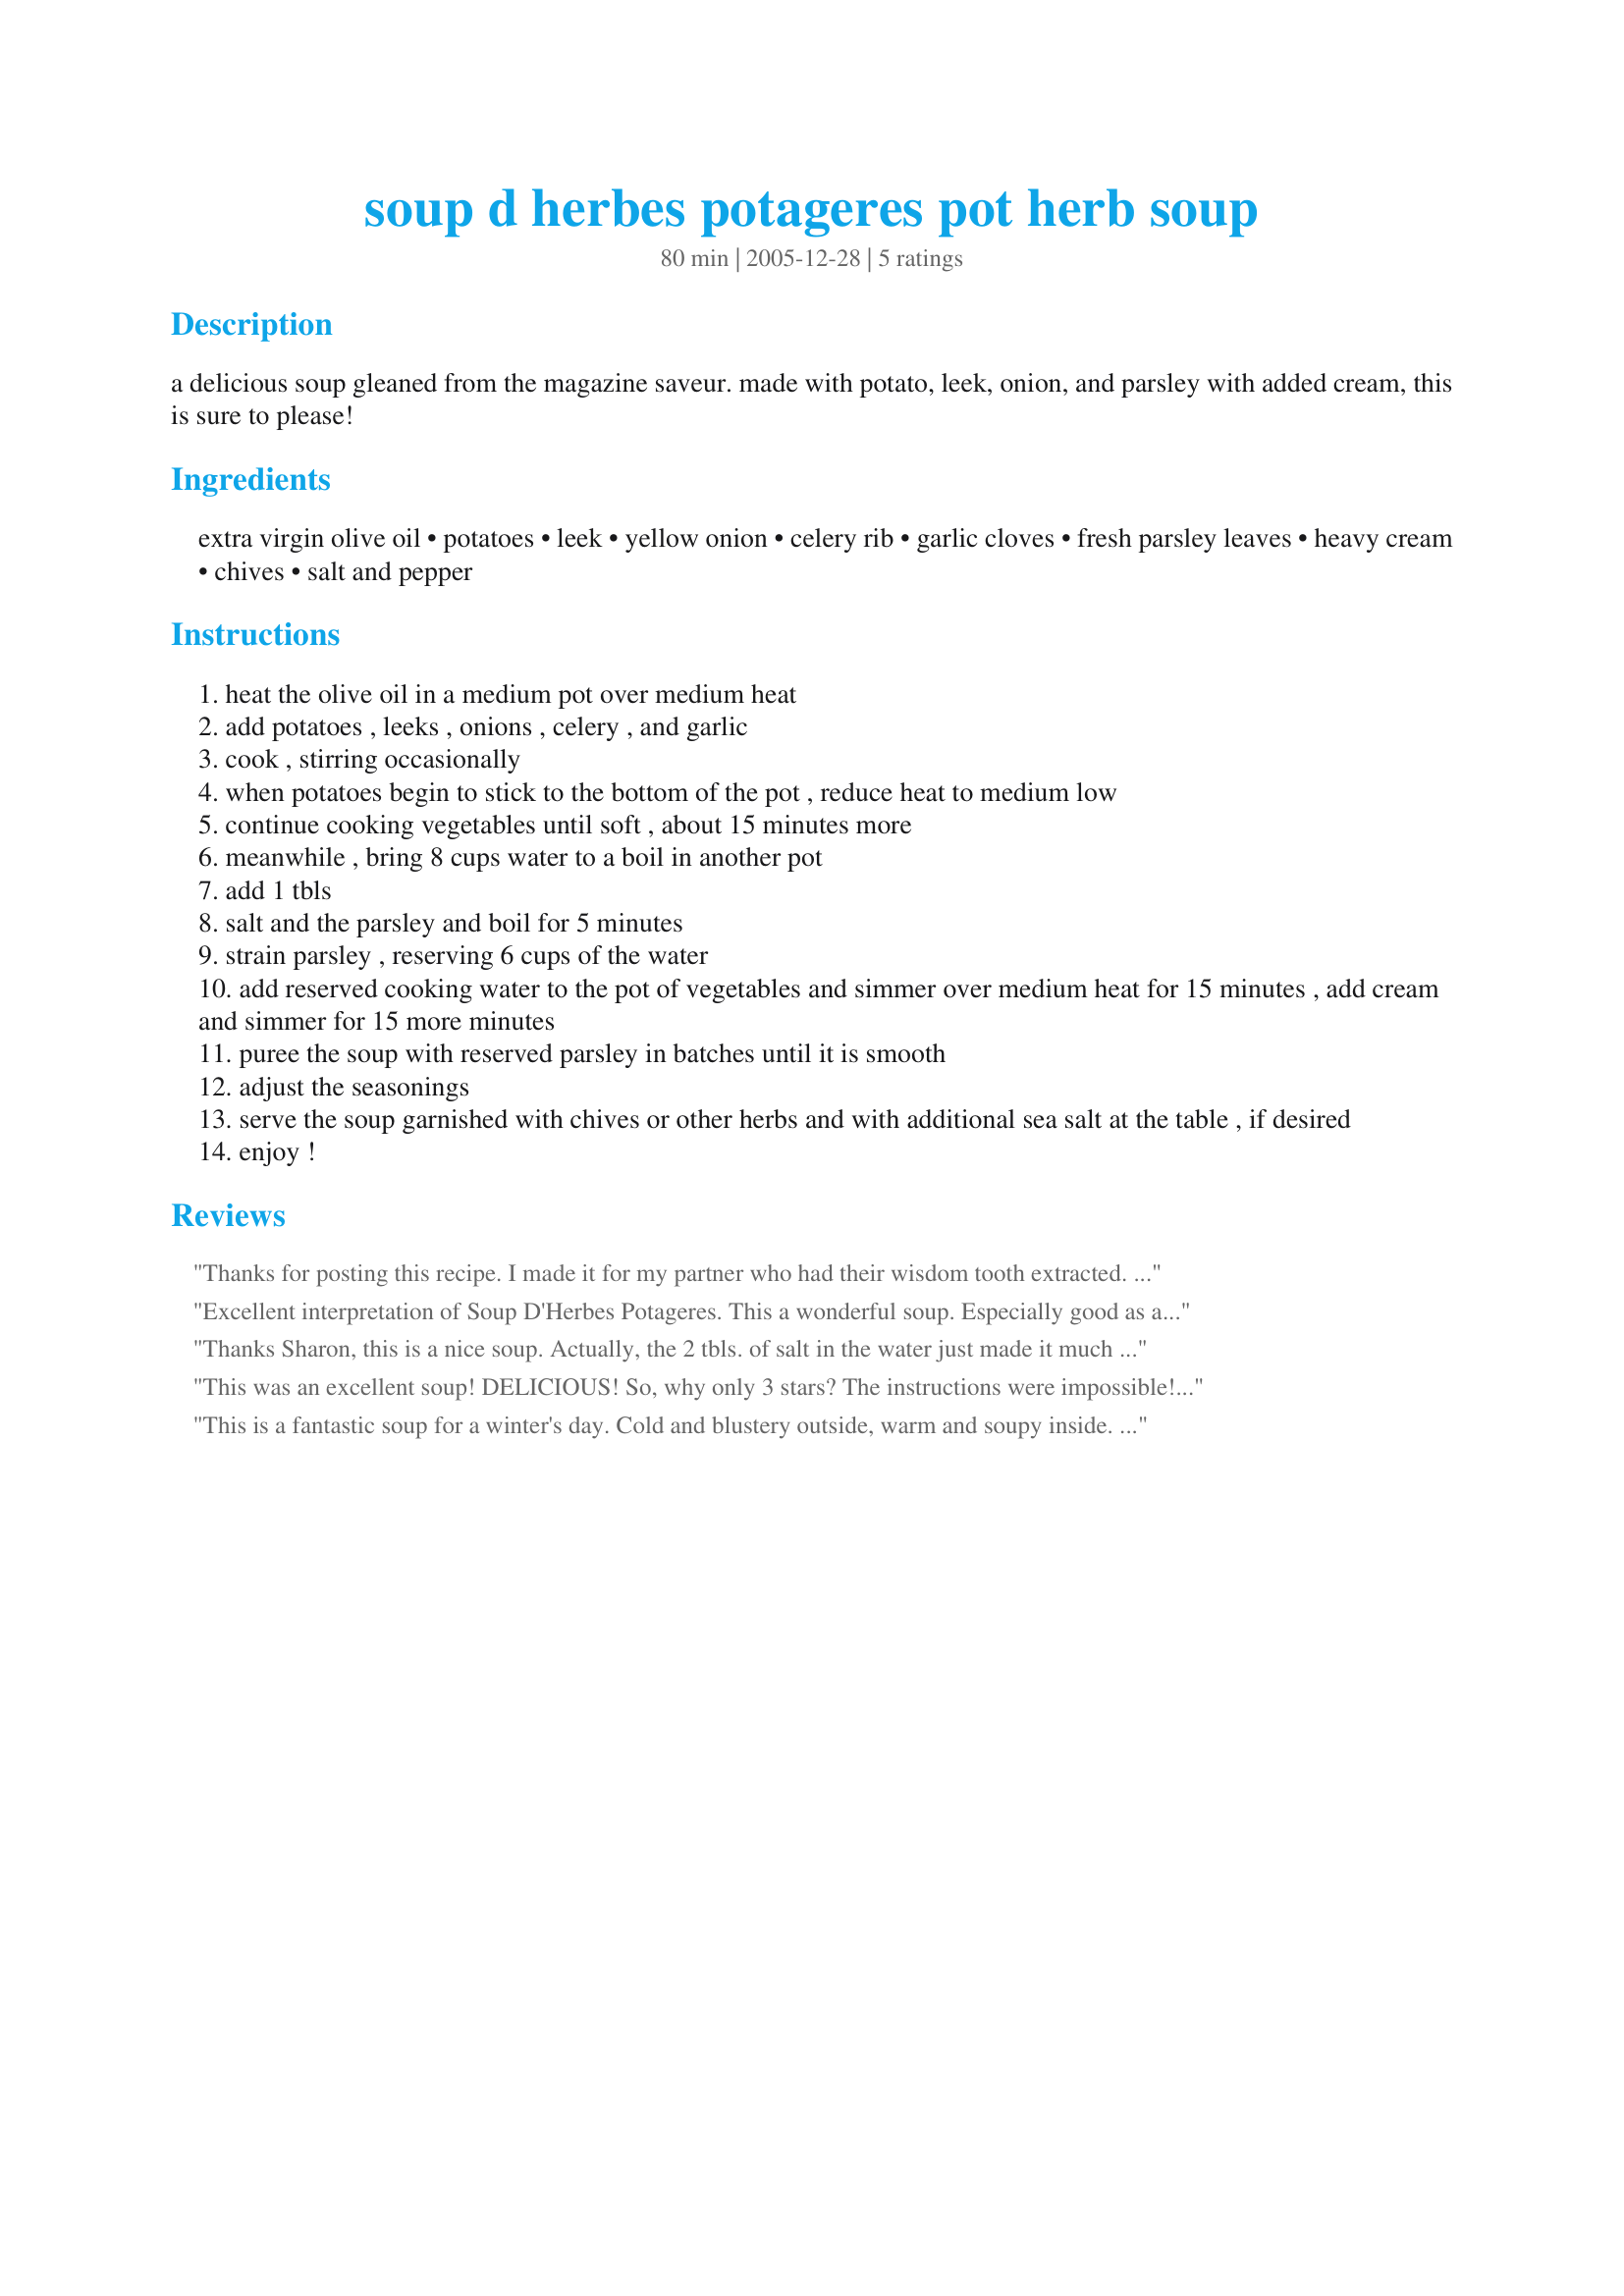
soup d herbes potageres pot herb soup
Preparation time: 80 minutes

a delicious soup gleaned from the magazine saveur. made with potato, leek, onion, and parsley with added cream, this is sure to please!

Ingredients:
extra virgin olive oil, potatoes, leek, yellow onion, celery rib, garlic cloves, fresh parsley leaves, heavy cream, chives, salt and pepper

Steps:
heat the olive oil in a medium pot over medium heat
add potatoes , leeks , onions , celery , and garlic
cook , stirring occasionally
when potatoes begin to stick to the bottom of the pot , reduce heat to medium low
continue cooking vegetables until soft , about 15 minutes more
meanwhile , bring 8 cups water to a boil in another pot
add 1 tbls
salt and the parsley and boil for 5 minutes
strain parsley , reserving 6 cups of the water
add reserved cooking water to the pot of vegetables and simmer over medium heat for 15 minutes , add cream and simmer for 15 more minutes
puree the soup with reserved parsley in batches until it is smooth
adjust the seasonings
serve the soup garnished with chives or other herbs and with additional sea salt at the table , if desired
enjoy !

Reviews:
Thanks for posting this recipe. I made it for my partner who had their wisdom tooth extracted. Very yummy! Extremely comforting, especially if you're sore and hungry.
Also thanks Tallie for the warning about the blender, i went real easy on it :)
Excellent interpretation of Soup D'Herbes Potageres.
This a wonderful soup. Especially good as a first course to chicken or fish.
Very easy to make and very good for the constitution
Thanks Sharon, this is a nice soup. Actually, the 2 tbls. of salt in the water just made it much too salty. I would have used half of it.
This was an excellent soup! DELICIOUS! So, why only 3 stars? The instructions were impossible! I spent 1/2 the time scratching my head! I tried to puree the soup in my blender-IT BLEW UP! ALL OVER MY KITCHEN!! OMG! So, chefs of Recipeezaar, PUREE vegs & parsley 1st, THEN, add H2O and cream OR your kitchen will EXPLODE too! It is worth it tho...
This is a fantastic soup for a winter's day. Cold and blustery outside, warm and soupy inside. The only thing missing from this recipe is salt and pepper, and for me, paprika. I added these to the pot and had several yummy bowls of soup over the course of the weekend.
